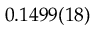
0 . 1 4 9 9 ( 1 8 )